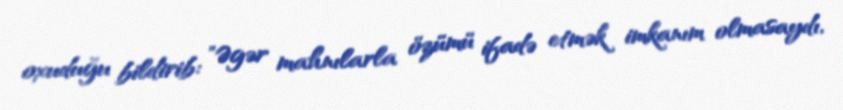
oxuduğu bildirib: "Əgər mahnılarla özümü ifadə etmək imkanım olmasaydı,